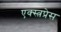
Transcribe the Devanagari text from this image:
एक्स्त्रप्रेस